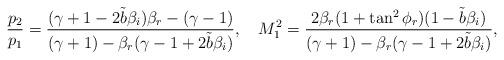
LaTeX: \begin{align*}\dfrac{p_2}{p_1}=\dfrac{(\gamma+1-2\tilde{b}\beta_i){\beta_r}-(\gamma-1)}{(\gamma+1)-{\beta_r}(\gamma-1+2\tilde{b}\beta_i)},~~~M^2_1=\dfrac{2{\beta_r}(1+\tan^2{\phi_r})(1-\tilde{b}\beta_i)}{(\gamma+1)-{\beta_r}(\gamma-1+2\tilde{b}\beta_i)},\end{align*}